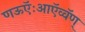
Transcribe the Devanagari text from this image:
णऊऍःआऍव्वॅण्